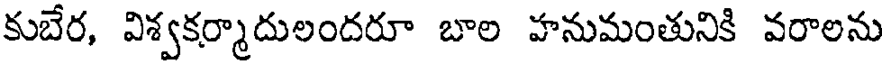
కుబేర, విశ్వకర్మాదులందరూ బాల హనుమంతునికి వరాలను